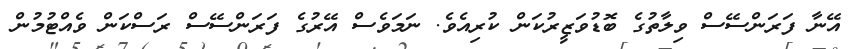
އޭނާ ފަރަންސޭސް ވިލާތުގެ ބޮޑުވަޒީރުކަން ކުރިއެވެ. ނަމަވެސް އޭރުގެ ފަރަންސޭސް ރަސްކަން ވެއްޓުމުން